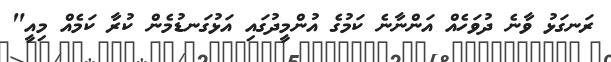
ރަނގަޅު ވާނެ ދުވަހެއް އަންނާނެ ކަމުގެ އުންމީދުގައި އަޅުގަނޑުމެން ކުރާ ކަމެއް މިއީ"